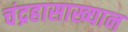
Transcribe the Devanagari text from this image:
चंद्रहासाख्यान